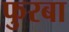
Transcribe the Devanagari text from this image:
फुरबा